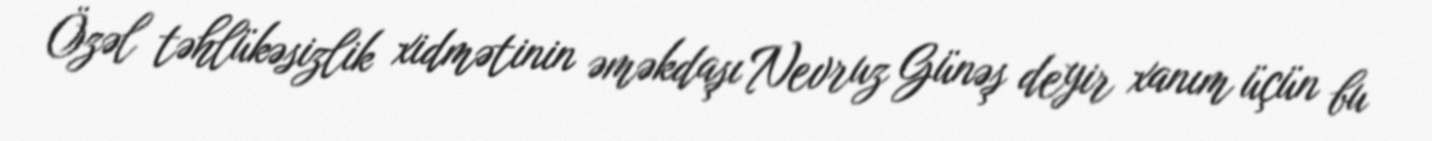
Özəl təhlükəsizlik xidmətinin əməkdaşı Nevruz Günəş deyir xanım üçün bu